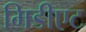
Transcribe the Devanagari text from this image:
मिडीएट